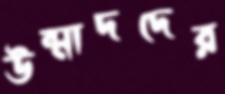
উন্মাদদের